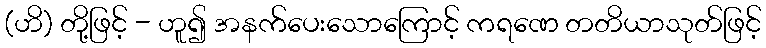
(ဟိ) တို့ဖြင့် - ဟူ၍ အနက်ပေးသောကြောင့် ကရဏေ တတိယာသုတ်ဖြင့်